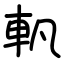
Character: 軓